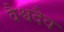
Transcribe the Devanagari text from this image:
वैश्वदैव